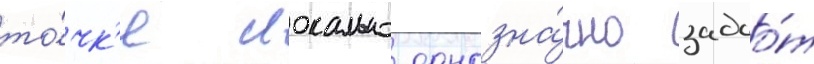
то́чк'е локально однозна́чно задао́т